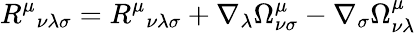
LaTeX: R^{\mu}{}_{\nu\lambda\sigma}=R^{\mu}{}_{\nu\lambda\sigma}+\nabla_{\lambda}\Omega_{\nu\sigma}^{\mu}-\nabla_{\sigma}\Omega_{\nu\lambda}^{\mu}